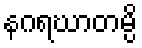
နဂရဃာတမ္ပိ